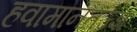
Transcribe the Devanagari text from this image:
हवामानतज्ज्ञ